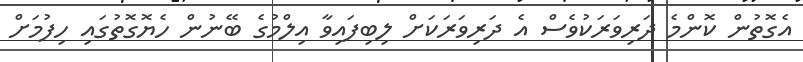
އެގޮތުން ކޮންމެ ދަރިވަރަކުވެސް އެ ދަރިވަރަކަށް ލިބިފައިވާ އިލްމުގެ ބޭނުން ހެޔޮގޮތުގައި ހިފުމަށް